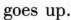
goes up.